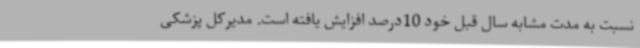
نسبت به مدت مشابه سال قبل خود 10درصد افزایش یافته است. مدیرکل پزشکی